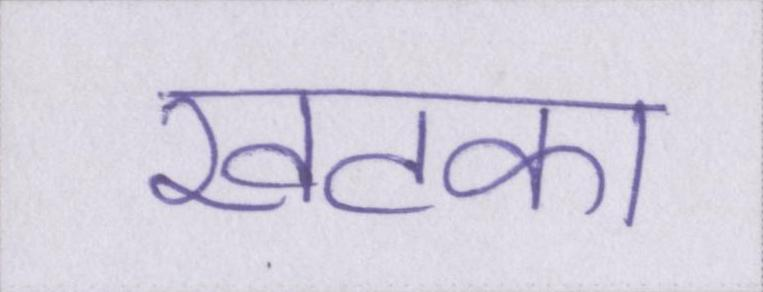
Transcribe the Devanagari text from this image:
खटका